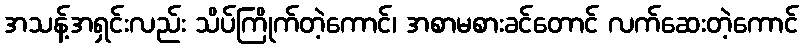
အသန့်အရှင်းလည်း သိပ်ကြိုက်တဲ့ကောင်၊ အစာမစားခင်တောင် လက်ဆေးတဲ့ကောင်